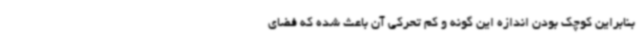
بنابراین کوچک بودن اندازه این گونه و کم تحرکی آن باعث شده که فضای